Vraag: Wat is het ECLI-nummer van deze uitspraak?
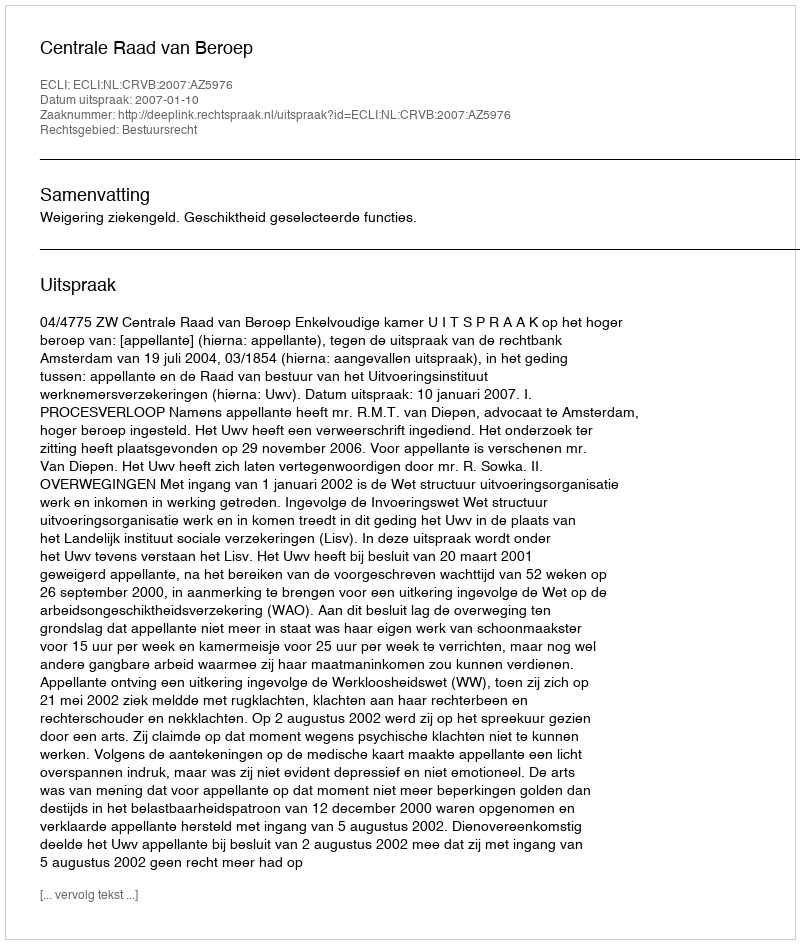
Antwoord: ECLI:NL:CRVB:2007:AZ5976